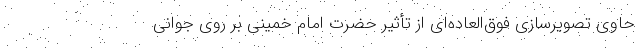
حاوی تصویرسازی فوق‌العاده‌ای از تأثیر حضرت امام خمینی بر روی جوانی